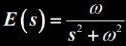
\[
E(s)=\frac{\omega}{s^{2}+\omega^{2}}
\]